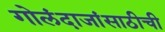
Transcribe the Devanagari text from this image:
गोलंदाजांसाठीची